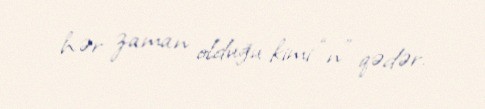
hər zaman olduğu kimi “n” qədər.